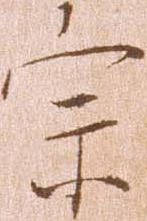
宗